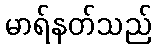
မာရ်နတ်သည်